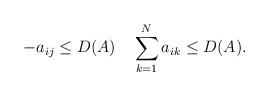
LaTeX: \begin{align*} -a_{ij} \le D(A) \quad\sum_{k=1}^N a_{ik} \le D(A).\end{align*}